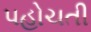
પહોચતી